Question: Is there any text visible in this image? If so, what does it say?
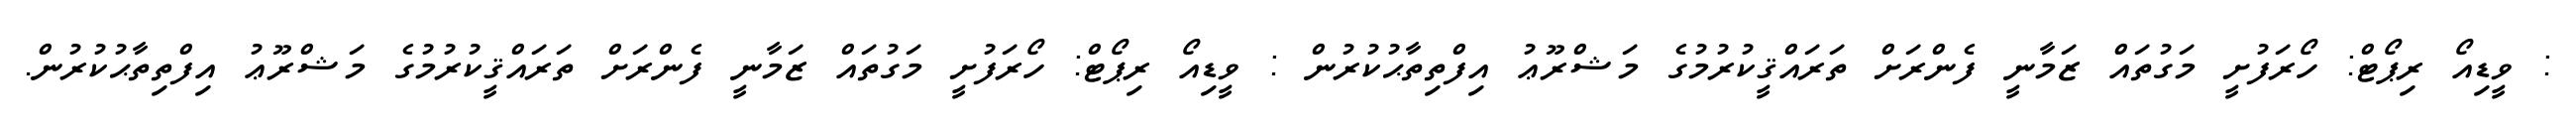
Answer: : ވީޑިއޯ ރިޕޯޓް: ހޯރަފުށީ މަގުތައް ޒަމާނީ ފެންރަށް ތަރައްޤީކުރުމުގެ މަޝްރޫޢު އިފްތިތާޙުކުރުން : ވީޑިއޯ ރިޕޯޓް: ހޯރަފުށީ މަގުތައް ޒަމާނީ ފެންރަށް ތަރައްޤީކުރުމުގެ މަޝްރޫޢު އިފްތިތާޙުކުރުން.